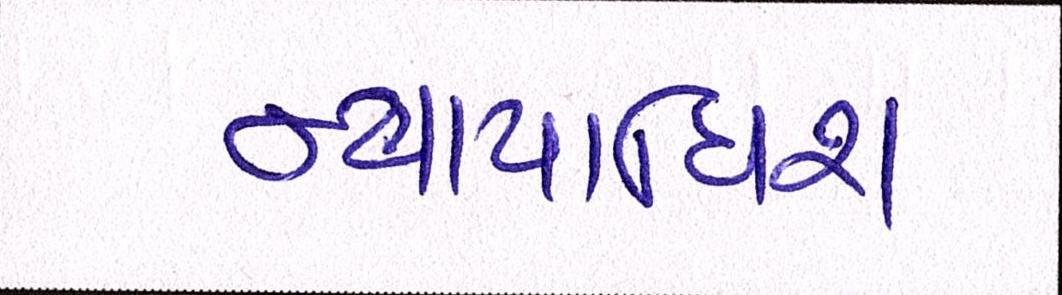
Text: ન્યાયાધિશ